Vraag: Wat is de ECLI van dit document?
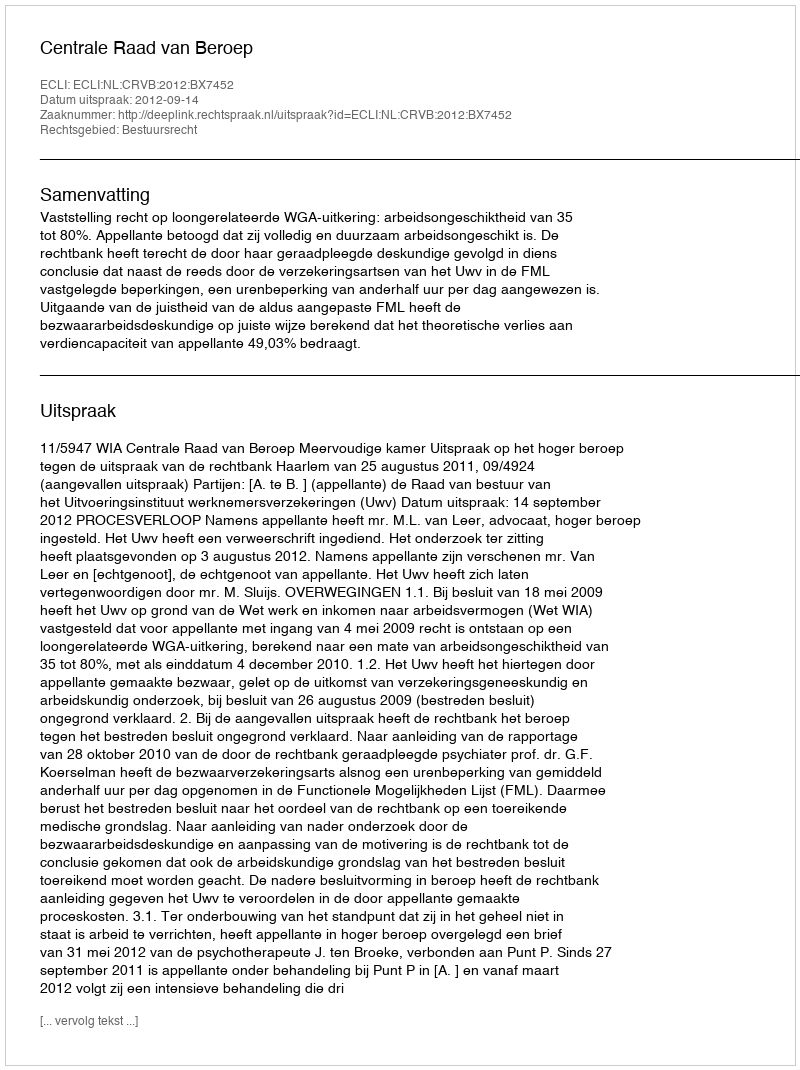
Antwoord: ECLI:NL:CRVB:2012:BX7452